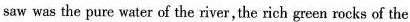
saw was the pure water of the river,the rich green rorks of the